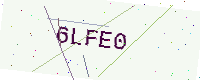
Text: 6LFE0